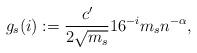
LaTeX: \begin{align*}g_s (i) :=\frac{c'}{2\sqrt{m_s}} 16^{-i}m_s n^{-\alpha},\end{align*}